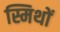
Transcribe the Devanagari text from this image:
स्मिथों